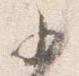
少